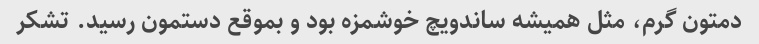
دمتون گرم، مثل همیشه ساندویچ خوشمزه بود و بموقع دستمون رسید. تشکر